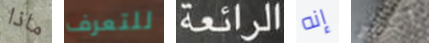
ماذا للتعرف الرائعة إنه أكثر